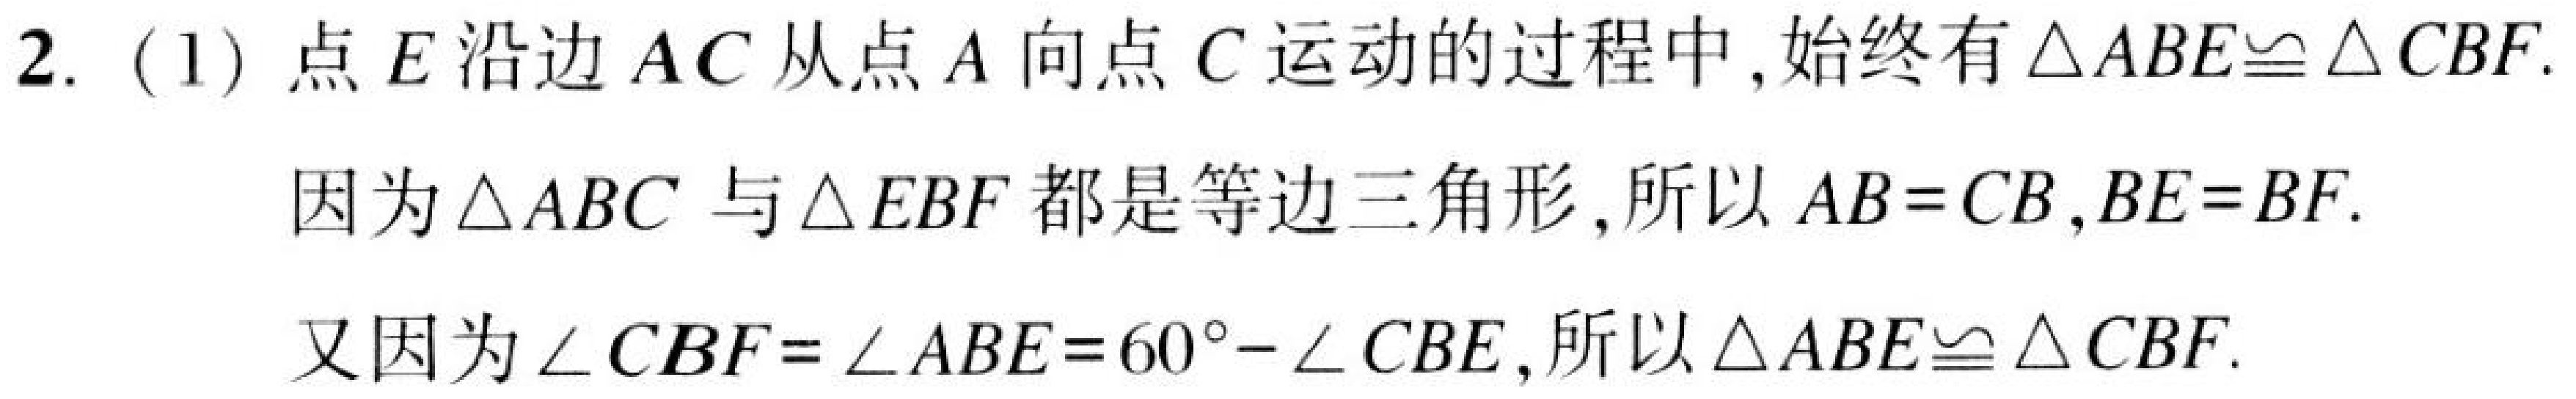
2. (1) 点 \(E\) 沿边 \(AC\) 从点 \(A\) 向点 \(C\) 运动的过程中, 始终有 \(\triangle ABE\cong\triangle CBF\).
因为 \(\triangle ABC\) 与 \(\triangle EBF\) 都是等边三角形, 所以 \(AB = CB\), \(BE = BF\).
又因为 \(\angle CBF=\angle ABE = 60^{\circ}-\angle CBE\), 所以 \(\triangle ABE\cong\triangle CBF\).